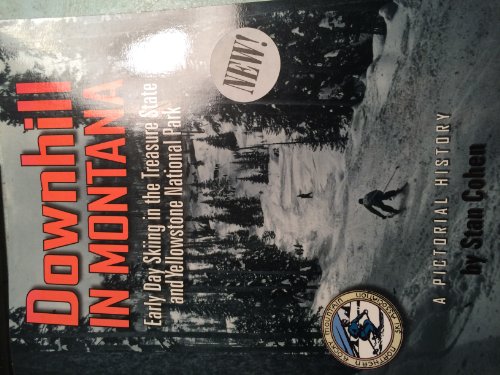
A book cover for Downhill in Montana: Early Day Skiing in the Treasure State and Yellowstone National Park: A Pictoral History; Stan Cohen; Travel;